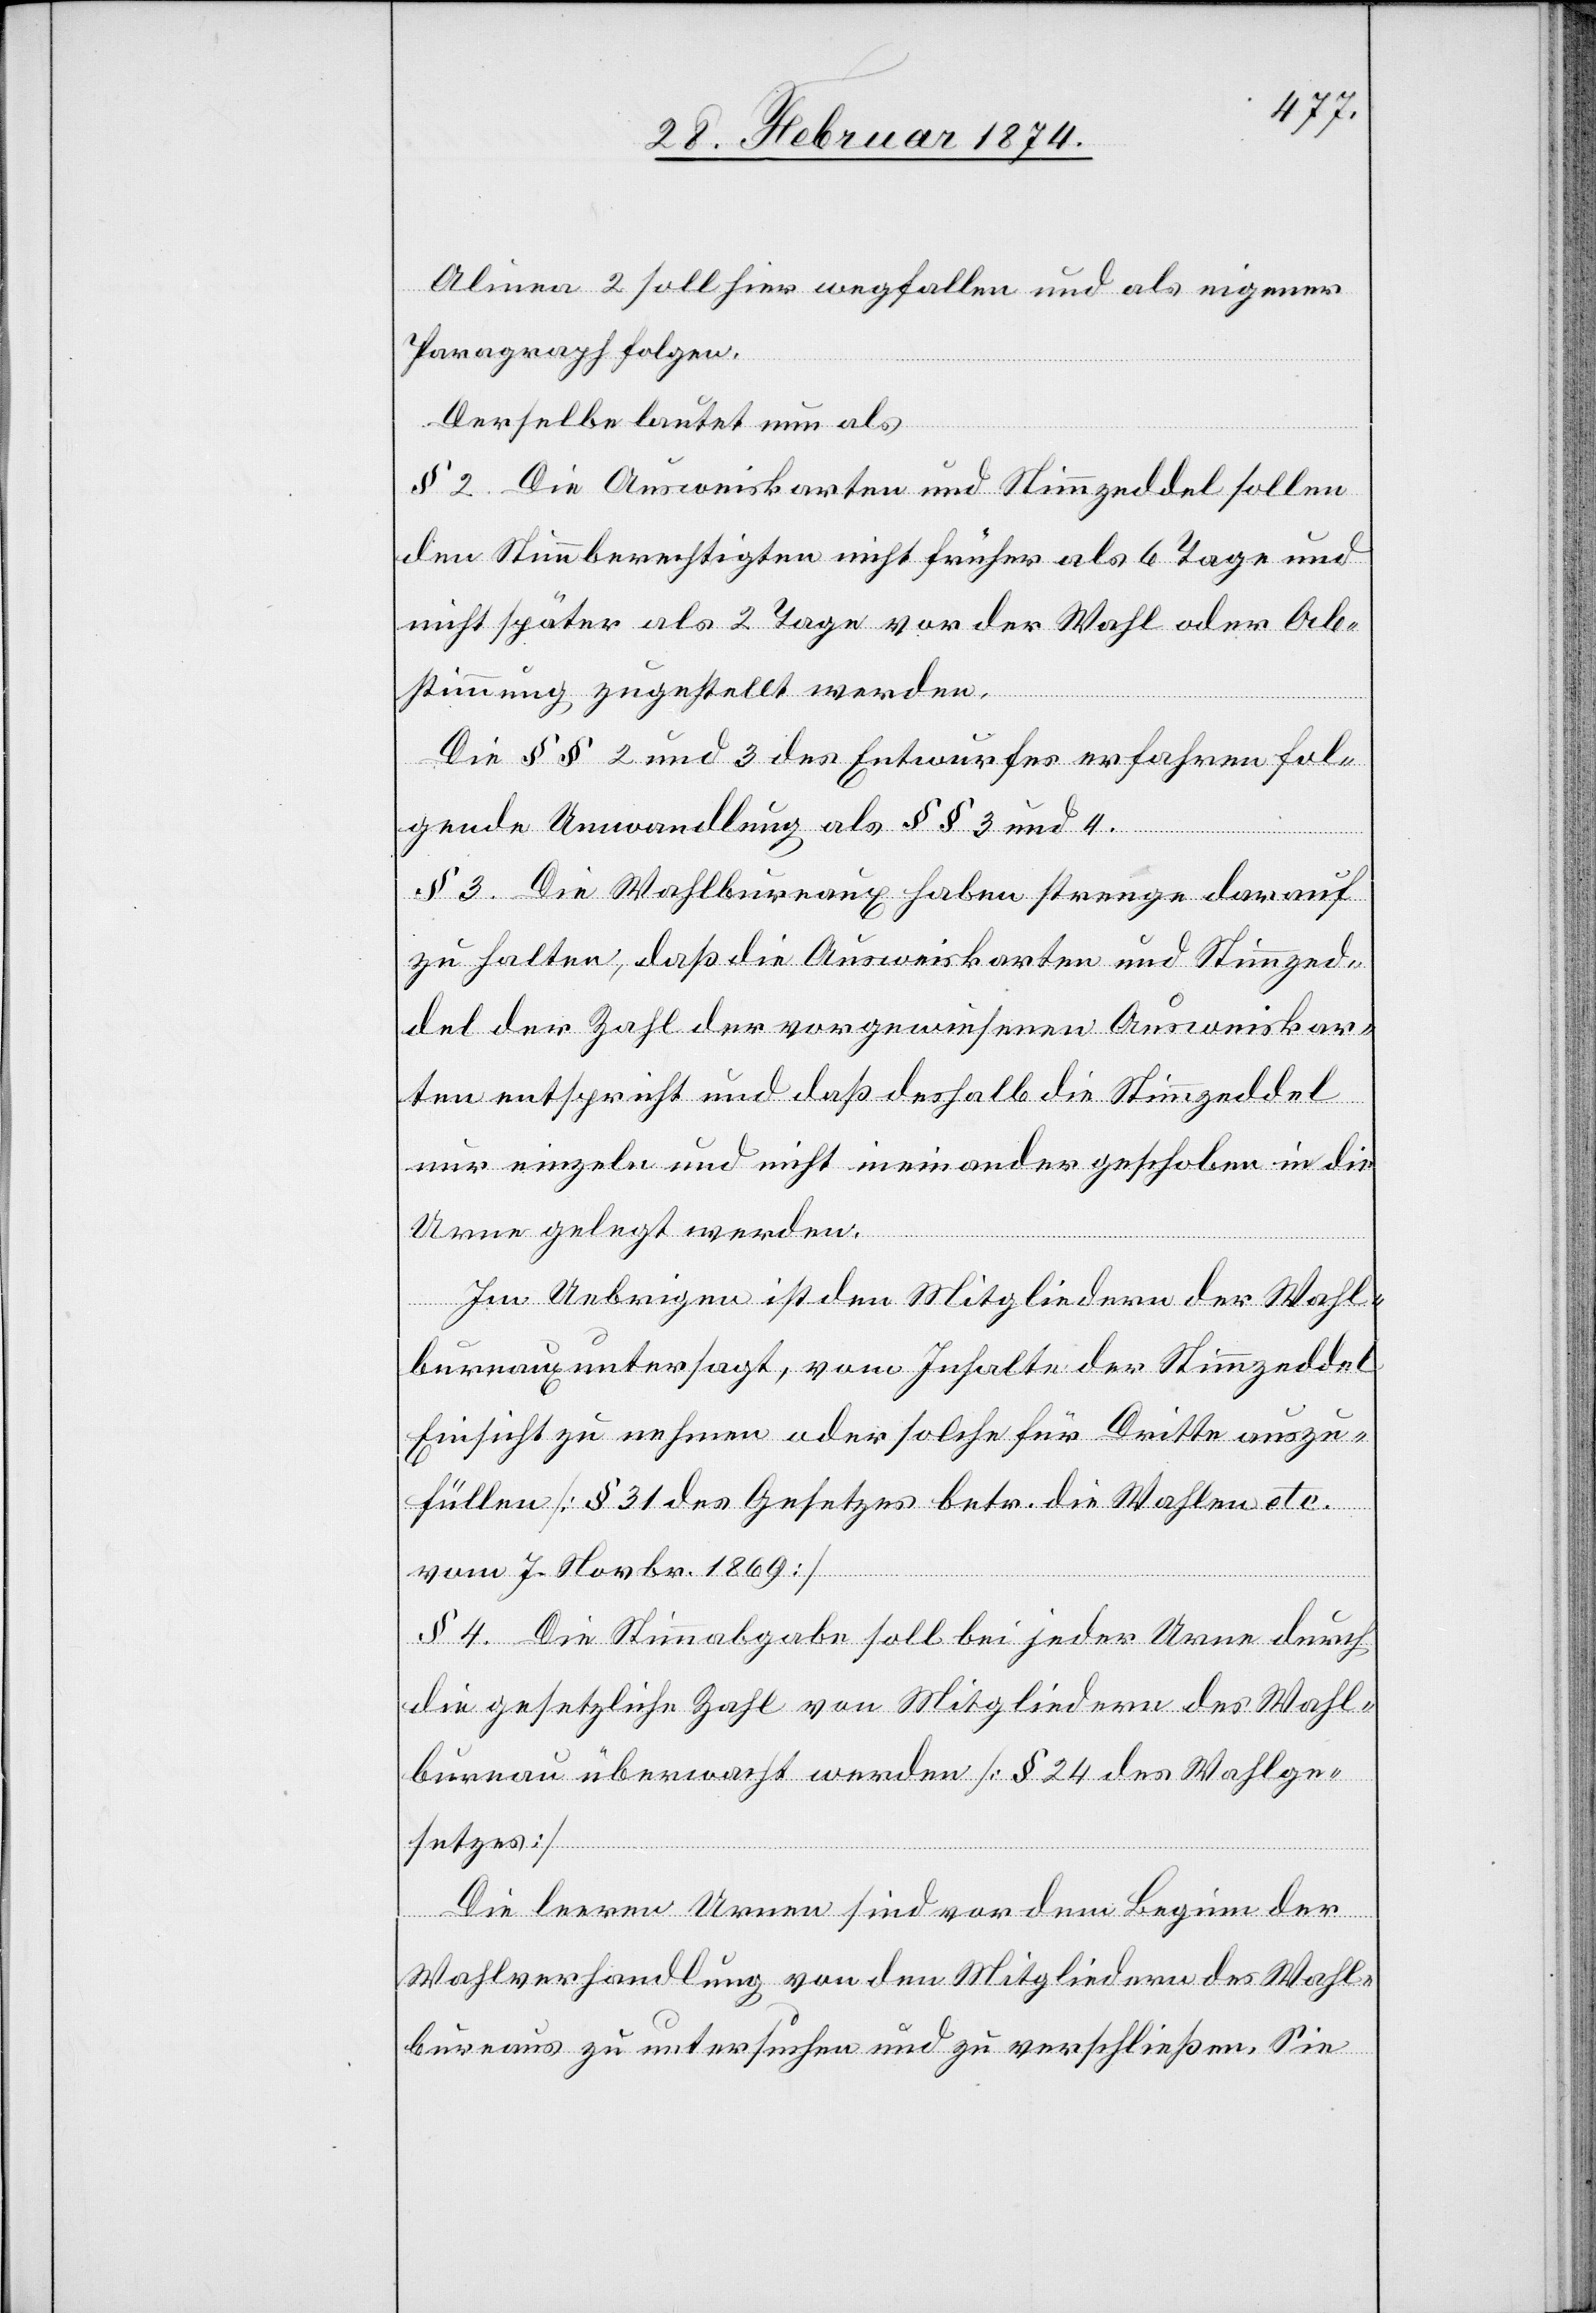
Alinea 2 soll hier wegfallen und als eigener
Paragraph folgen.
§ 2. Die Ausweiskarten und Stimmzeddel sollen
den Stimmberechtigten nicht früher als 6 Tage und
nicht später als 2 Tage vor der Wahl oder Ab¬
stimmung zugestellt werden.
Die §§ 2 und 3 des Entwurfes erfahren fol¬
gende Umwandlung als §§ 3 und 4.
§ 3. Die Wahlbureaux haben strenge darauf
zu achten, daß die Ausweiskarten und Stimmzed¬
del der Zahl der vorgewiesenen Ausweiskar¬
ten entspricht und daß deshalb die Stimmzeddel
nur einzeln und nicht ineinander geschoben in die
Urne gelegt werden.
Im Uebrigen ist den Mitgliedern der Wahl¬
bureaux untersagt, vom Inhalte der Stimmzeddel
Einsicht zu nehmen oder solche für Dritte auszu¬
füllen [§ 31 des Gesetzes betr. die Wahlen etc.
vom 7. Novbr. 1869]
§ 4. Die Stimmabgabe soll bei jeder Urne durch
die gesetzliche Zahl von Mitgliedern des Wahl¬
bureau überwacht werden [§ 24 des Wahlge¬
setzes]
Die leeren Urnen sind vor dem Beginn der
Wahlverhandlung von den Mitgliedern des Wahl¬
bureaus zu untersuchen und zu verschließen. Sie